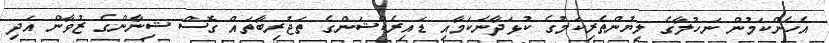
އެހެންކަމުން ނަހުލާގެ ލިޔުންތެރިކަމުގެ ކުޅަދާނަކަމާއި ޑައިރެކްޝަންގެ ތަޖުރިބާތައް ގޮސް ޝިނާންގެ ޒުވާން އަދި